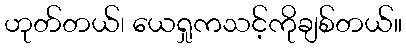
ဟုတ်တယ်၊ ယေရှုကသင့်ကိုချစ်တယ်။